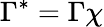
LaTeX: \Gamma^{*}=\Gamma\chi